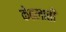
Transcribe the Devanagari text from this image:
केहलाती